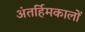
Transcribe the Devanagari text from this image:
अंतर्हिमकालों